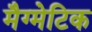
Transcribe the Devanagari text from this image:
मैग्मेटिक